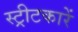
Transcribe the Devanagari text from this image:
स्ट्रीटकारें